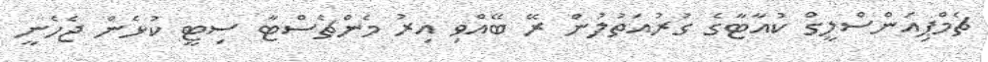
ޗެމްޕިއަންސްލީގް ކުއާޓާގެ ގުރުއަތުލުން ރޭ ބޭއްވި އިރު މެންޗެސްޓާ ސިޓީ ކުޅެން ޖެހެނީ